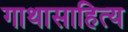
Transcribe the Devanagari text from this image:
गाथासाहित्य